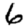
Digit: 6